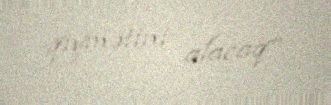
qiymətini alacaq”.